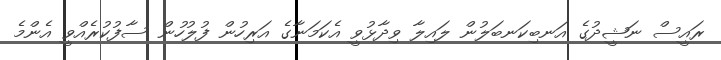
ރައީސް ނަޝީދުގެ އަނބިކަނބަލުން ލައިލާ ވިދާޅުވީ އެކަމަނާގެ އަރިހުން ފުލުހުން ސާފުކުރެއްވީ އެންމެ